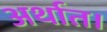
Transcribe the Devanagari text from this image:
अर्थात।